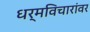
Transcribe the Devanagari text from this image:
धर्मविचारांवर